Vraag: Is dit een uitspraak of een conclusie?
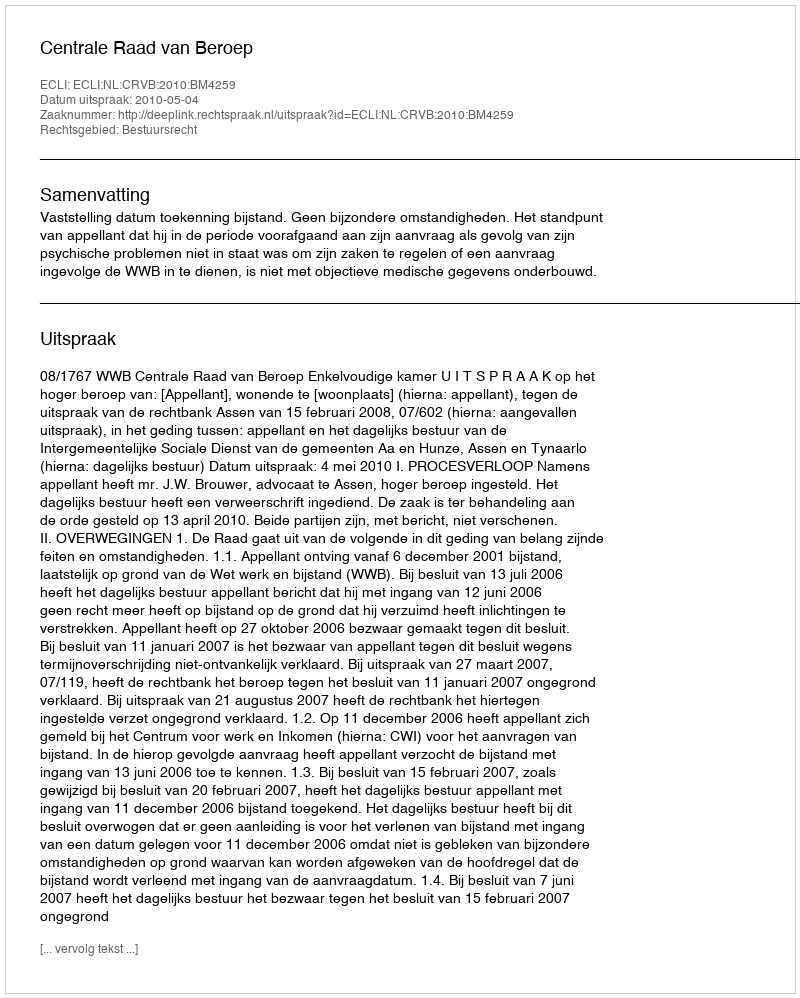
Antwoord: Uitspraak